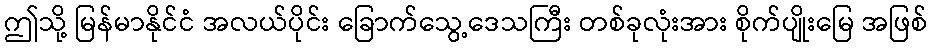
ဤသို့ မြန်မာနိုင်ငံ အလယ်ပိုင်း ခြောက်သွေ့ဒေသကြီး တစ်ခုလုံးအား စိုက်ပျိုးမြေ အဖြစ်